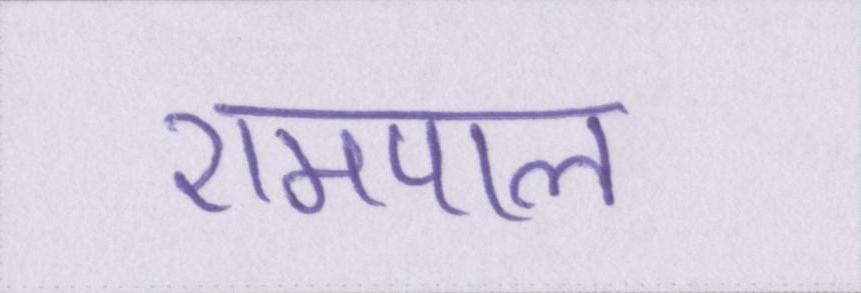
रामपाल